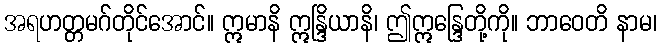
အရဟတ္တမဂ်တိုင်အောင်။ ဣမာနိ ဣန္ဒြိယာနိ၊ ဤဣန္ဒြေတို့ကို။ ဘာဝေတိ နာမ၊